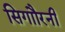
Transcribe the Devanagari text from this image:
सिगाौरनी